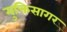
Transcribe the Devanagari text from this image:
मुक्तिसागर